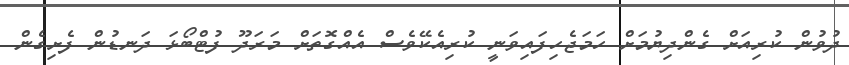
ދުވުން ކުރިއަށް ގެންދިޔުމަށް ހަމަޖެހިފައިވަނީ ކުރިއެކޭވެސް އެއްގޮތަށް މަރަދޫ ފުޓްބޯޅަ ދަނޑުން ފެށިގެން